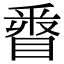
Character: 𨤓